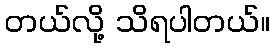
တယ်လို့ သိရပါတယ်။